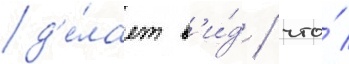
д'е́лает в'и́д / что́